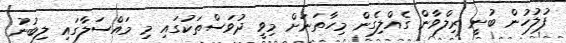
ފުލުހުން ބުނީ ރިލްވާން ގެއްލިގެން މިހާތަނަށް މިވީ ދުވަސްތަކުގައި މި މައްސަލާގައި ލިބުނު